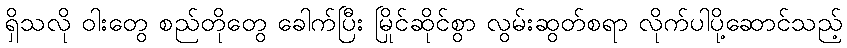
ရှိသလို ဝါးတွေ စည်တိုတွေ ခေါက်ပြီး မြိုင်ဆိုင်စွာ လွမ်းဆွတ်စရာ လိုက်ပါပို့ဆောင်သည့်